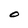
Character: O